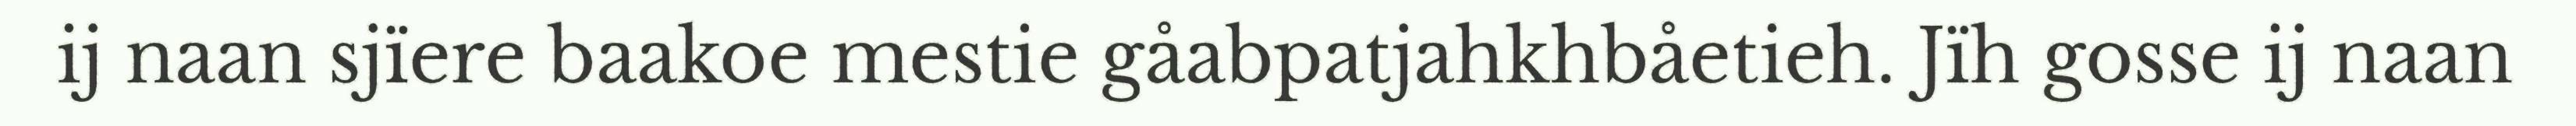
ij naan sjïere baakoe mestie gåabpatjahkhbåetieh. Jïh gosse ij naan